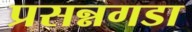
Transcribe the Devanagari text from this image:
प्रसन्नगडा